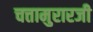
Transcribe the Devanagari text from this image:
चत्तामुरारजी